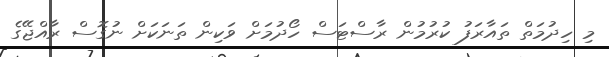
މި ހިދުމަތް ތައާރަފު ކުރުމުން ރާސްޓަސް ހޯދުމަށް ވަކިން ތަނަކަށް ނުގޮސް ރާއްޖޭގެ